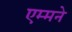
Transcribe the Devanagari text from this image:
एम्मने